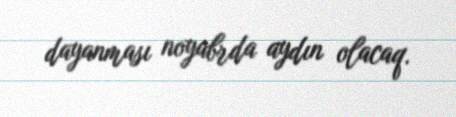
dayanması noyabrda aydın olacaq.